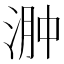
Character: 𣶴